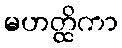
မဟတ္ထိကာ